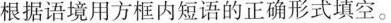
根据语境用方框内短语的正确形式填空。